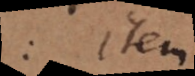
t: item